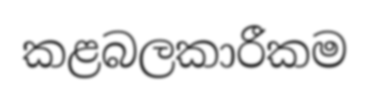
කළබලකාරීකම